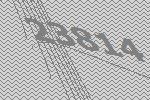
23814